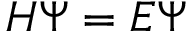
\begin{array} { r } { { \cal { H } } \Psi = E \Psi } \end{array}